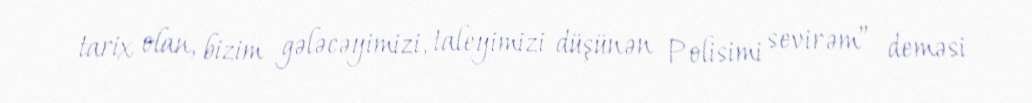
tarix olan, bizim gələcəyimizi, taleyimizi düşünən Polisimi sevirəm” deməsi